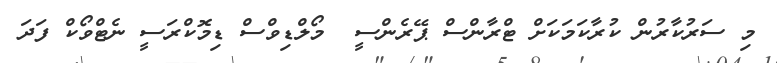
މި ސަރުކާރުން ކުރާކަމަކަށް ޓްރާންސް ޕޭރެންސީ  މޯލްޑިވްސް ޑިމޮކްރަސީ ނެޓްވޯކް ފަދަ